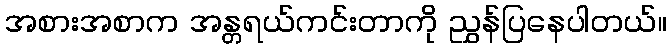
အစားအစာက အန္တရယ်ကင်းတာကို ညွှန်ပြနေပါတယ်။